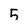
Character: 5